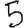
Digit: 5